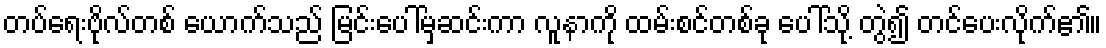
တပ်ရေးဗိုလ်တစ် ယောက်သည် မြင်းပေါ်မှဆင်းကာ လူနာကို ထမ်းစင်တစ်ခု ပေါ်သို့ တွဲ၍ တင်ပေးလိုက်၏။